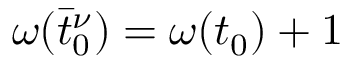
\omega ( \bar { t } _ { 0 } ^ { \nu } ) = \omega ( t _ { 0 } ) + 1